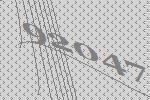
92047